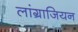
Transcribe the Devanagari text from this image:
लांग्राजियन